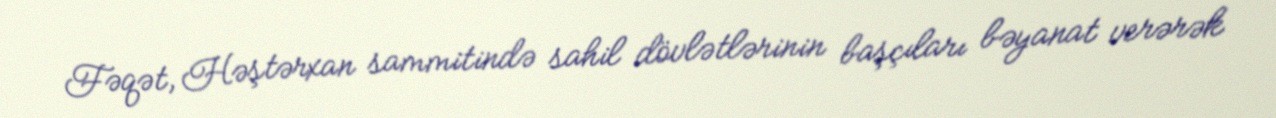
Fəqət, Həştərxan sammitində sahil dövlətlərinin başçıları bəyanat verərək